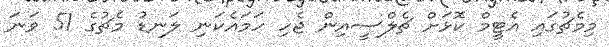
މިމެޗުގައި އެޓީމް ކޮޅަށް ޗެލްސީއިން ޖެހި ހަމައެކަނި ލަނޑު މެޗުގެ 51 ވަނަ